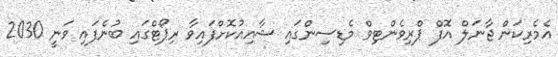
އެމެރިކަން ޖާނަލް އޮފް ޕްރިވެންޓިވް މެޑިސިންގައި ޝާއިއުކޮށްފައިވާ ރިޕޯޓްގައި ބުނެފައި ވަނީ 2030